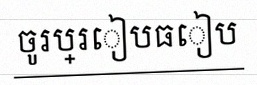
ចូរប្រៀបធៀប